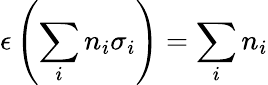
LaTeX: \epsilon\left(\sum_{i}n_{i}\sigma_{i}\right)=\sum_{i}n_{i}